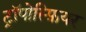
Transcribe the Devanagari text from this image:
ट्रॉपोस्फ़ियर